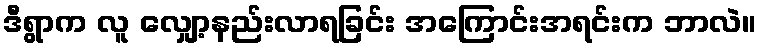
ဒီရွာက လူ လျှော့နည်းလာရခြင်း အကြောင်းအရင်းက ဘာလဲ။